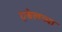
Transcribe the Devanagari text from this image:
एबेलच्या